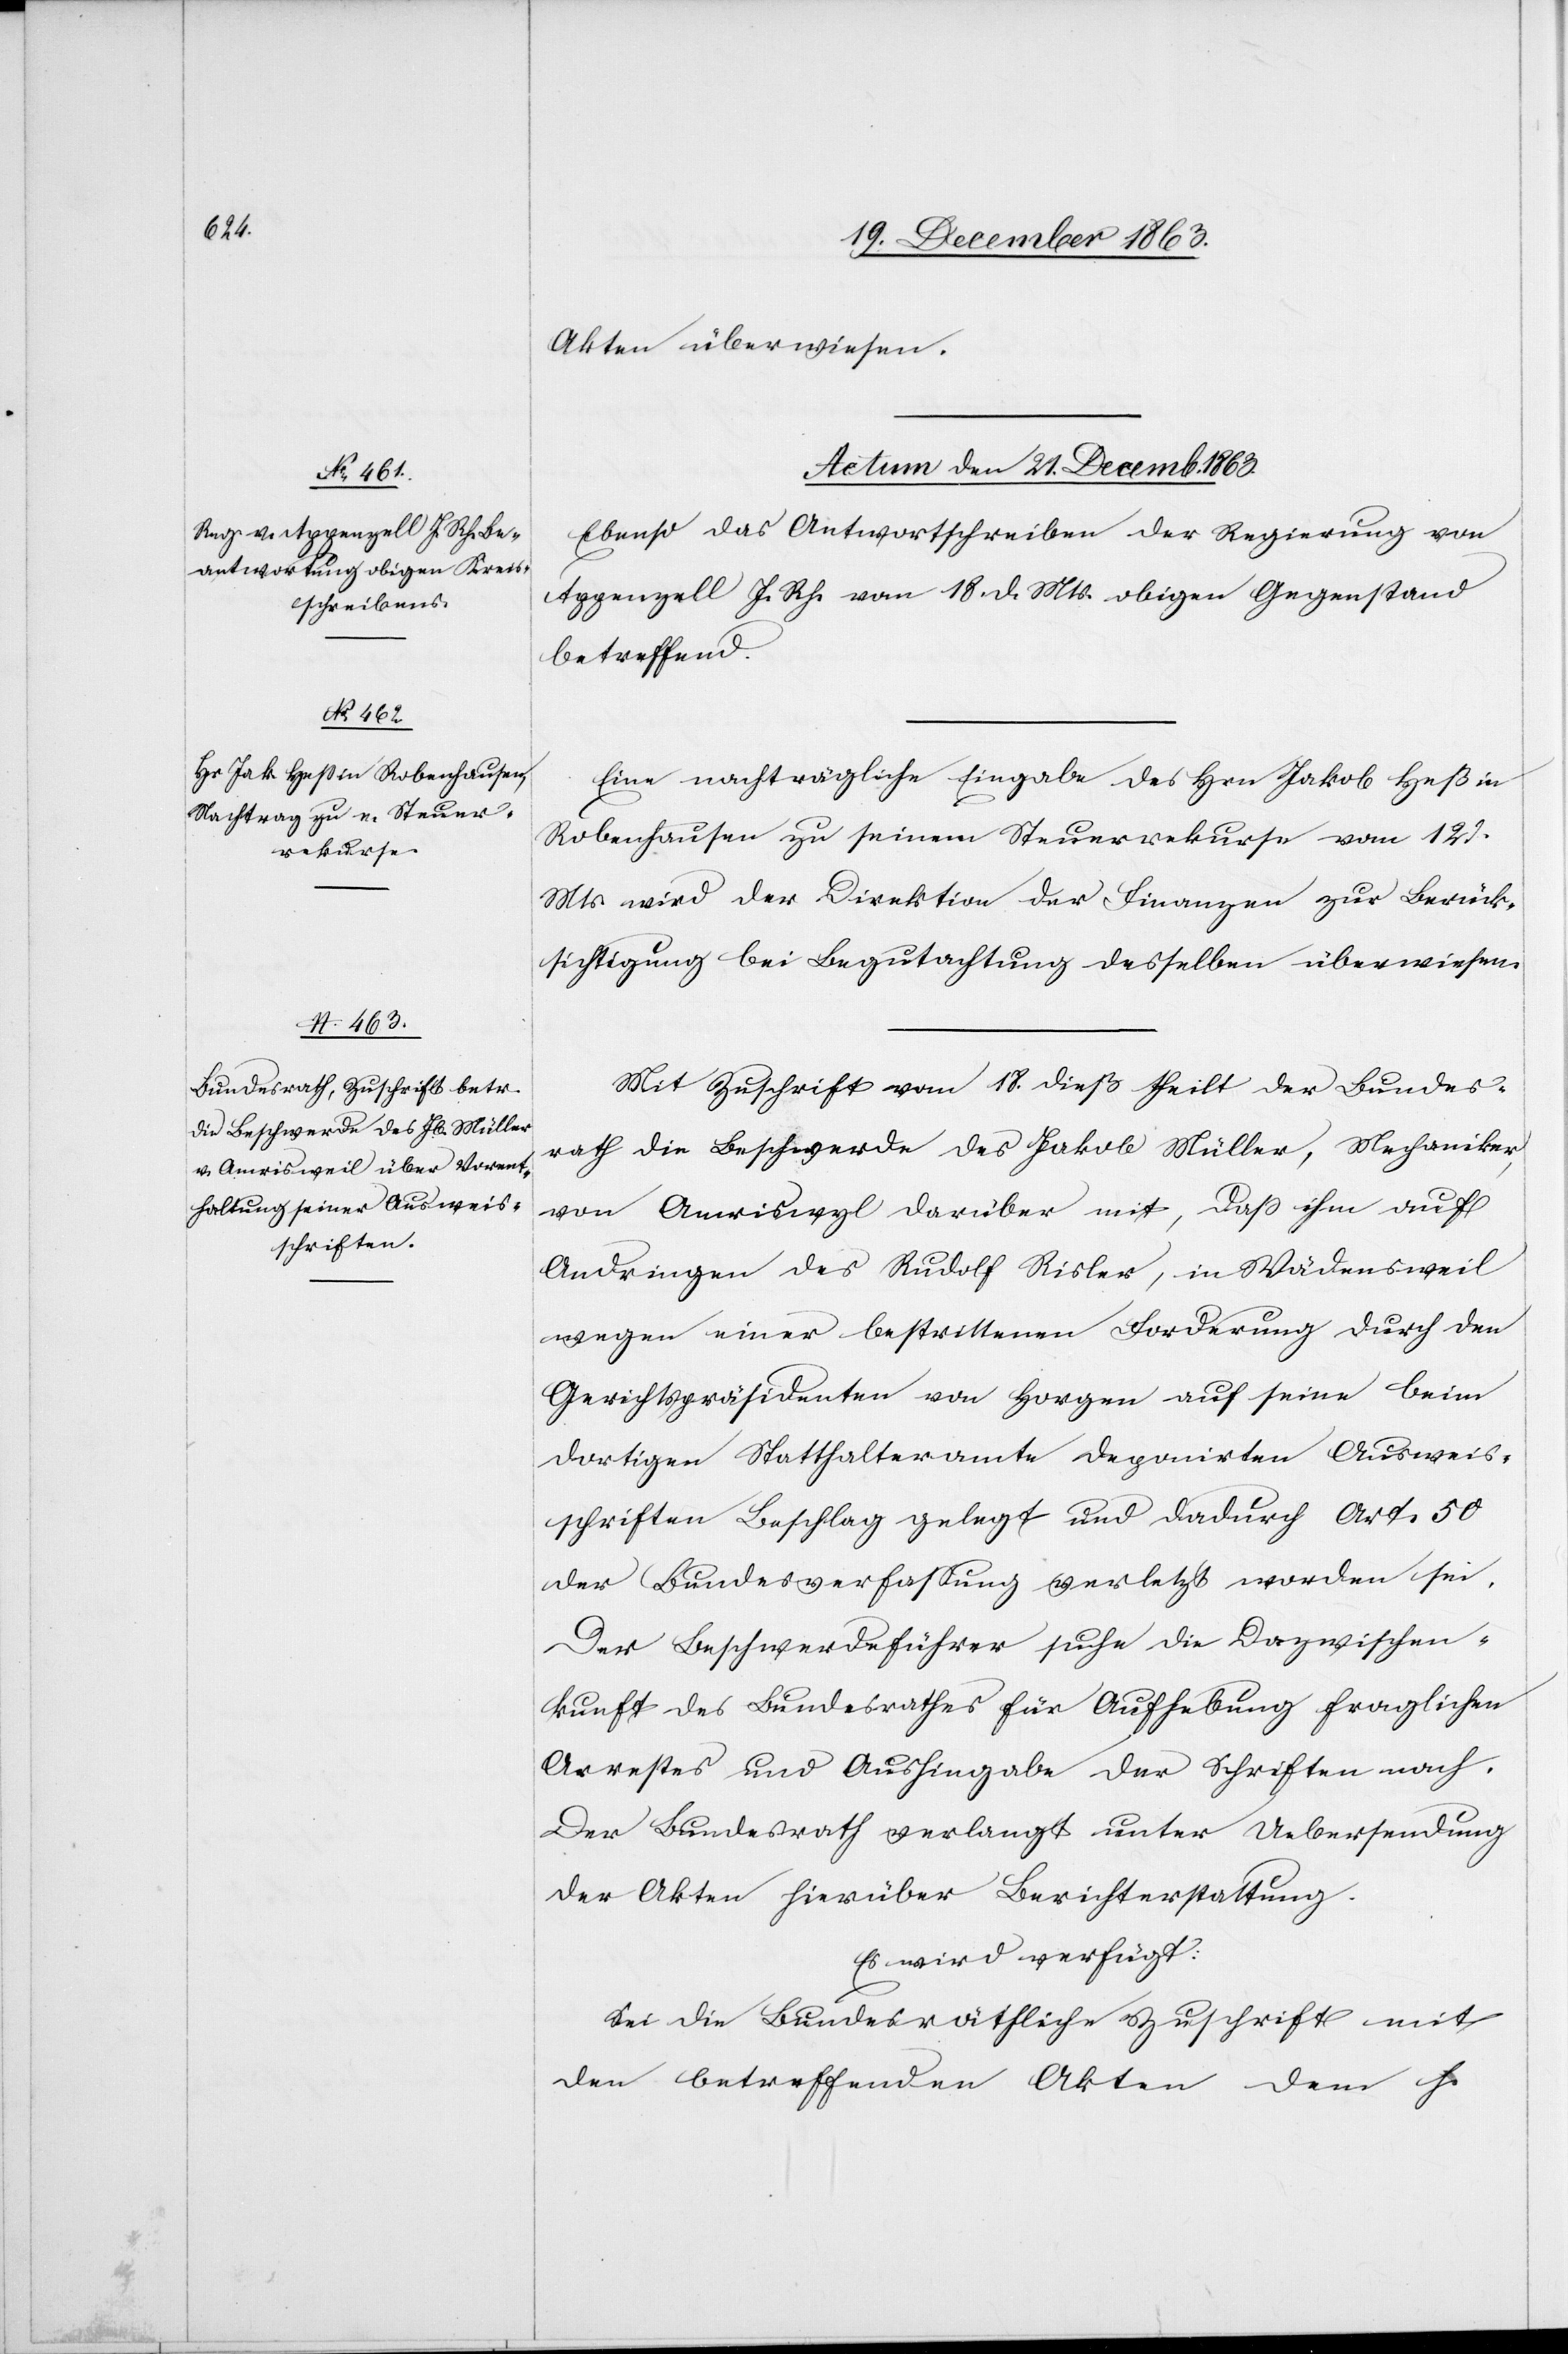
Akten überwiesen.
Actum den 21. Decemb. 1863.]
Ebenso das Antwortschreiben der Regierung von
Appenzell I. Rh. vom 18. d. Mts. obigen Gegenstand
betreffend.
Eine nachträgliche Eingabe des Hrn Jakob Heß in
Robenhausen zu seinem Steuerrekurse vom 12.
Mts. wird der Direktion der Finanzen zur Berück¬
sichtigung bei Begutachtung desselben überwiesen.
Mit Zuschrift vom 18. dieß theilt der Bundes¬
rath die Beschwerde des Jakob Müller, Mechaniker,
von Amriswyl [sic!] darüber mit, dass ihm auf
Andringen des Rudolf Risler, in Wädensweil
wegen einer bestrittenen Forderung durch den
Gerichtspräsidenten von Horgen auf seine beim
dortigen Statthalteramte deponirten Ausweis¬
schriften Beschlag gelegt und dadurch Art. 50
der Bundesverfassung verletzt worden sei.
Der Beschwerdeführer suche die Dazwischen¬
kunft des Bundesrathes für Aufhebung fraglichen
Arrestes und Aushingabe der Schriften nach.
Der Bundesrath verlangt unter Uebersendung
der Akten hierüber Berichterstattung.
Es wird verfügt:
Sei die Bundesräthliche Zuschrift mit
den betreffenden Akten dem h.